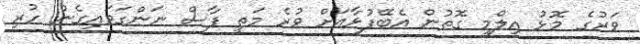
ވަރުގެ މޮޅު އިލްމީ ގޮތުން އެބޭފުޅާއަށް ވުރެ މަތީ ފާސް ނަންގަވައިގެން ހުރި